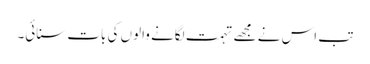
تب اس نے مجھے تہمت لگانے والوں کی بات سنائی۔